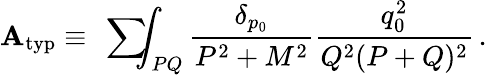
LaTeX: \mathbf{A}_{\mathrm{{typ}}}\equiv\mathrm{{~\sum~}}\! \! \! \! \! \! \int_{PQ}{\frac{{\delta_{p_{0}}}}{{P^{2}+M^{2}}}}{\frac{{q_{0}^{2}}}{{Q^{2}(P+Q)^{2}}}}\, .